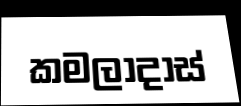
කමලාදාස්